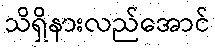
သိရှိနားလည်အောင်